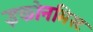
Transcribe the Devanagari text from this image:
इकोनमिस्ट